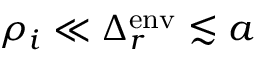
\rho _ { i } \ll \Delta _ { r } ^ { \mathrm { e n v } } \lesssim a